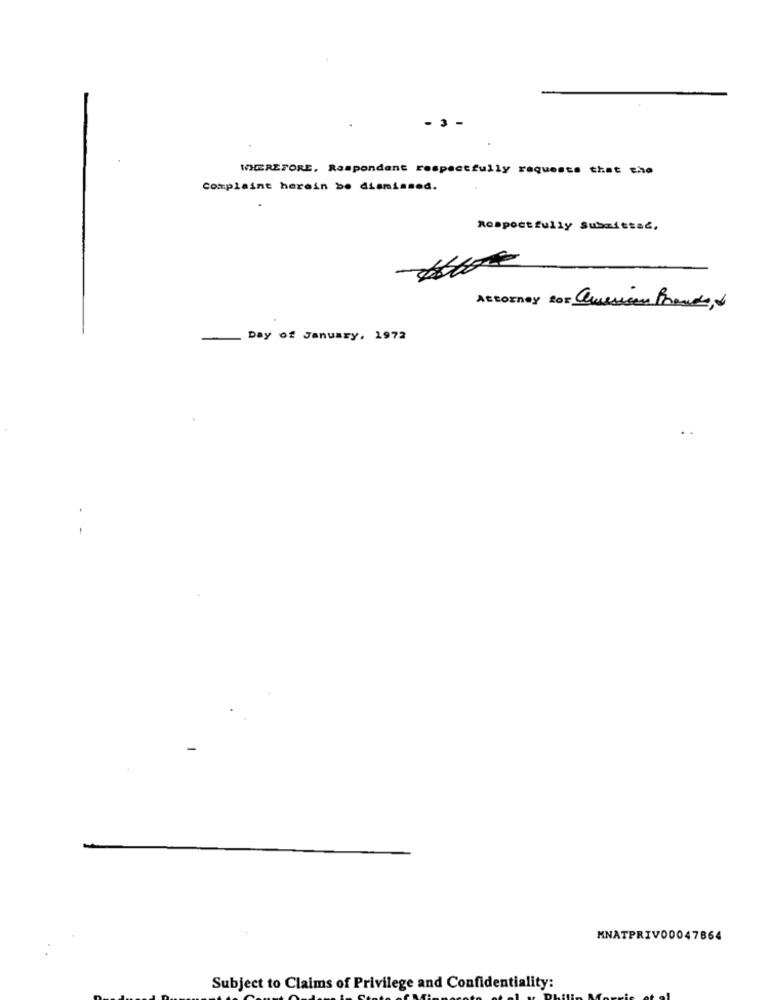
- 3 -
WEREFORE, Respondant respectfully requests that the
Complaint herein be dismissed.
Respectfully Submittać,
Attorney for Queriaen France, &
Day of January, 1972
MNATPRIVO0047864
Subject to Claims of Privilege and Confidentiality: